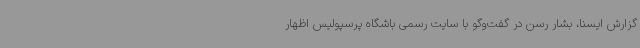
گزارش ایسنا، بشار رسن در گفت‌وگو با سایت رسمی باشگاه پرسپولیس اظهار